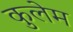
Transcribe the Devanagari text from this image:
कुलेम